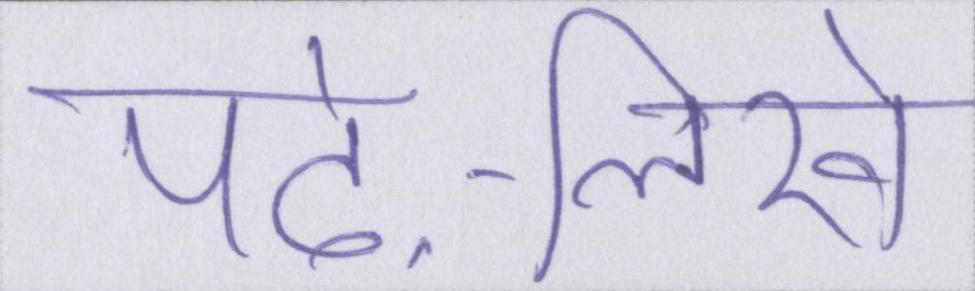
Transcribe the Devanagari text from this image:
पढ़े-लिखे